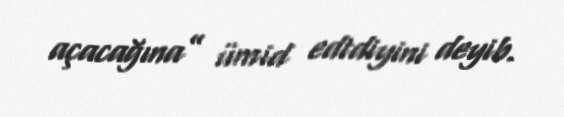
açacağına” ümid edtdiyini deyib.